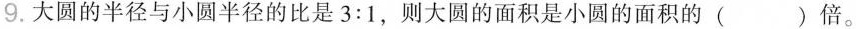
9.大圆的半径与小圆半径的比是3:1，则大圆的面积是小圆的面积的()倍。